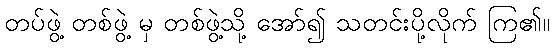
တပ်ဖွဲ့ တစ်ဖွဲ့ မှ တစ်ဖွဲ့သို့ အော်၍ သတင်းပို့လိုက် ကြ၏။